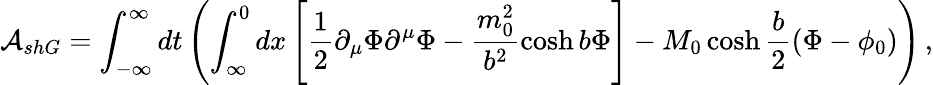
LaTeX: \mathcal{A}_{shG}=\int_{-\infty}^{\infty}dt\left(\int_{\infty}^{0}dx\left[\frac{1}{2}\partial_{\mu}\Phi\partial^{\mu}\Phi-\frac{m_{0}^{2}}{b^{2}}\cosh b\Phi\right]-M_{0}\cosh\frac{b}{2}\left(\Phi-\phi_{0}\right)\right)\, ,